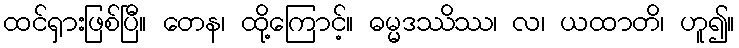
ထင်ရှားဖြစ်ပြီ။ တေန၊ ထို့ကြောင့်။ ဓမ္မဒဿိဿ၊ လ၊ ယထာတိ၊ ဟူ၍။